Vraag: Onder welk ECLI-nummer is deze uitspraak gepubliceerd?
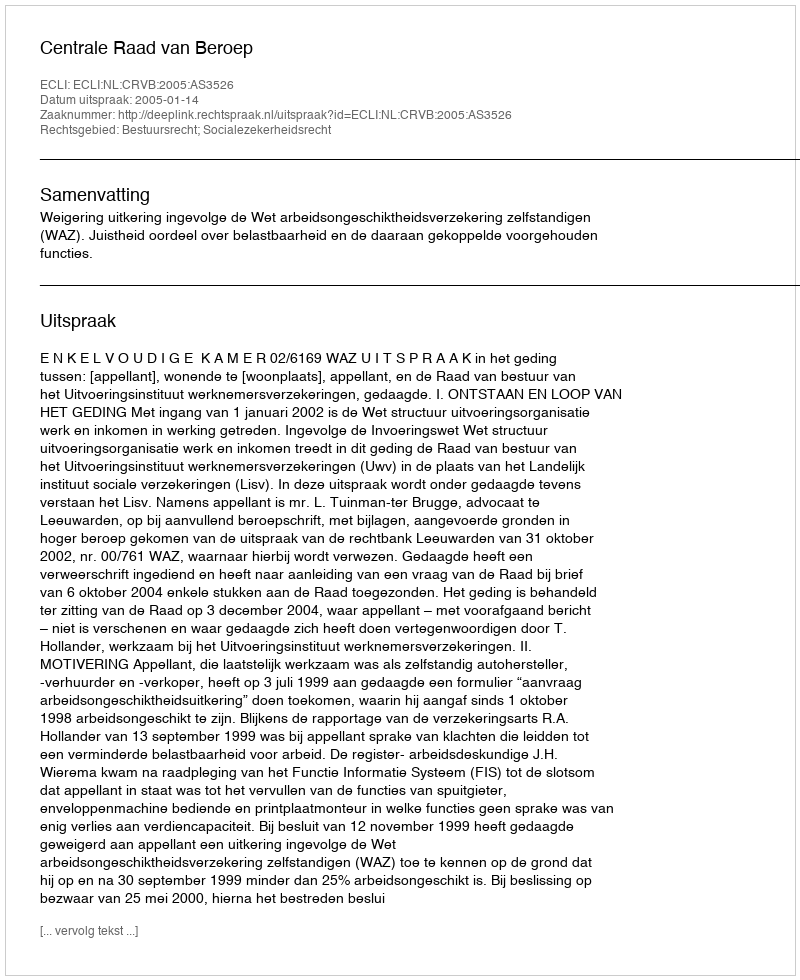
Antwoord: ECLI:NL:CRVB:2005:AS3526